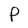
Character: P